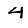
Digit: 4